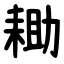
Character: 耡